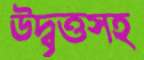
উদ্বৃত্তসহ